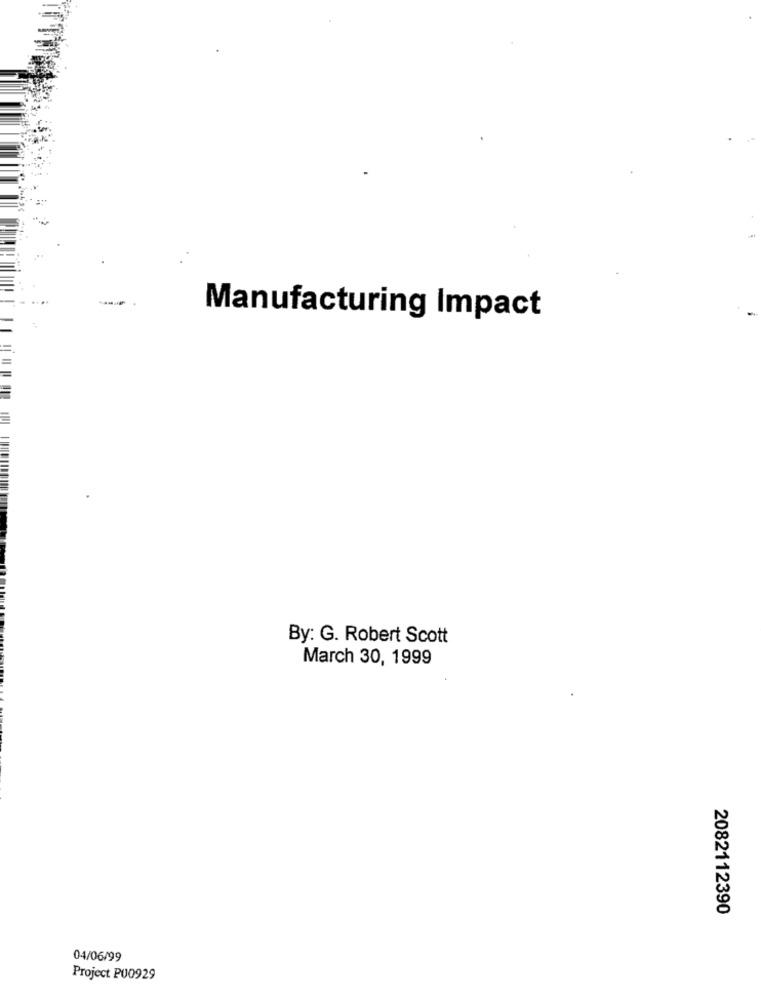
--
Manufacturing Impact
By: G. Robert Scott
March 30, 1999
2082112390
04/06/99
Project PU0929